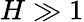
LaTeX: H\gg 1